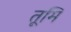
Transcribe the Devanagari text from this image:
तूमि